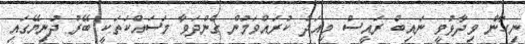
ނިހާން ވިދާޅުވީ ނައިބް ރައީސް މިއަދު ކުރައްވަމުން ގެންދަވާ މަސައްކަތަކީ ބޭރު ދުނިޔޭގައި